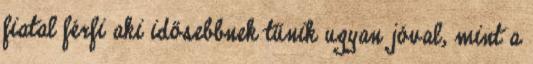
fiatal férfi aki idősebbnek tűnik ugyan jóval, mint a